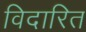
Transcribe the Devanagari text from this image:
विदारित